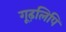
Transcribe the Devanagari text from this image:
गूढ़लिपि